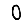
Digit: 0